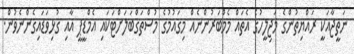
ނަތީޖާއަކީ ރައްޔިތުންގެ މަޖިލީހުގެ އެތައް މެމްބަރުންނެއް މިގައުމުގެ މުސްތަގްބަލަށްޓަކައި އެމްޑީޕީ އާއި ގުޅިވަޑައިގެންނެވުން.